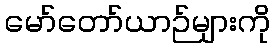
မော်တော်ယာဉ်များကို